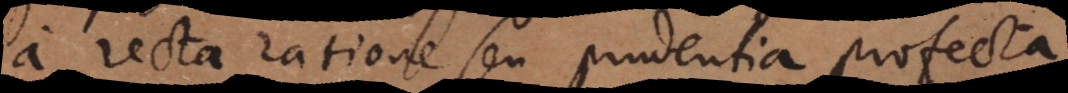
ecta ratione seu prudentia profecta,